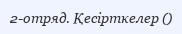
2-отряд. Қесірткелер ()